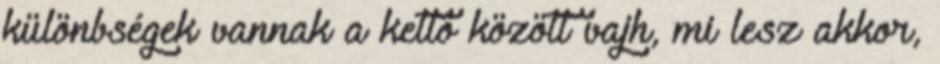
különbségek vannak a kettő között vajh, mi lesz akkor,